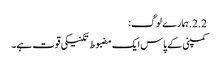
2.2. ہمارے لوگ:
کمپنی کے پاس ایک مضبوط تکنیکی قوت ہے۔